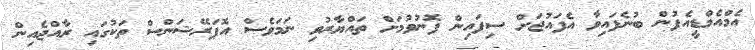
އެމްއެމްޑީއެފުން ބުނެފައިވާ އެފައުޖަށް ސިފައިން ފޮނުވުމަށް ތައްޔާރުވި ނަމަވެސް އޮޕަރޭޝަންސް ތަކުގައި ރާއްޖެއިން